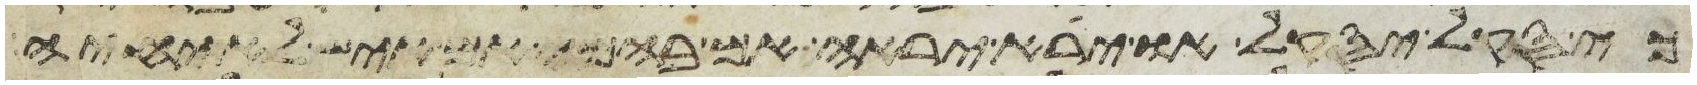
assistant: כי סקל יסקל או ירא יראה אם בהמה אם איש לא יחיה